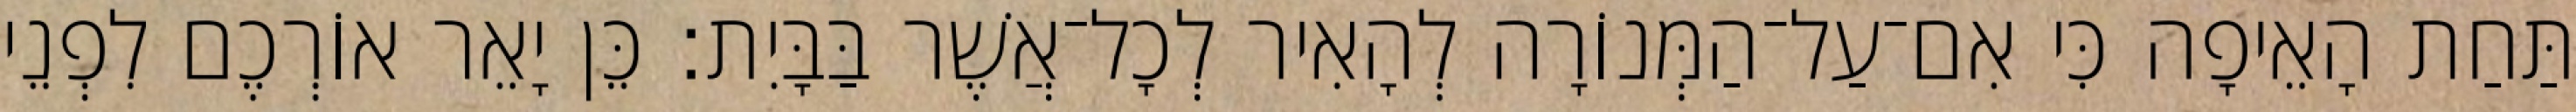
תַּחַת הָאֵיפָה כִּי אִם־עַל־הַמְּנוֹרָה לְהָאִיר לְכָל־אֲשֶׁר בַּבָּיִת׃ כֵּן יָאֵר אוֹרְכֶם לִפְנֵי